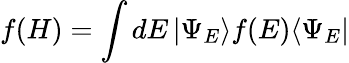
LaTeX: f(H)=\int dE\left|\Psi_{E}\rangle f(E)\langle\Psi_{E}\right|